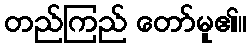
တည်ကြည် တော်မူ၏။